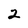
Character: 2